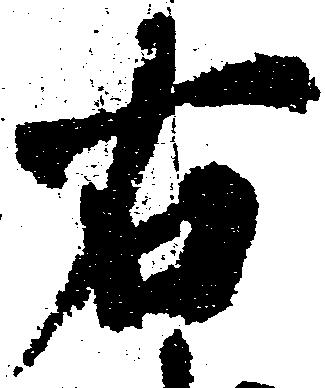
右